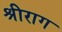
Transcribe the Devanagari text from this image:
श्रीराग